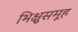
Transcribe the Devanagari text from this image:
भिक्षुसमूह